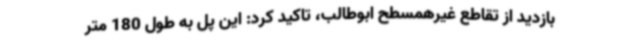
بازدید از تقاطع غیرهمسطح ابوطالب، تاکید کرد: این پل به طول 180 متر